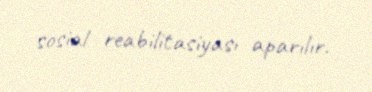
sosial reabilitasiyası aparılır.